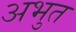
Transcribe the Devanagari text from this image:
अभुत